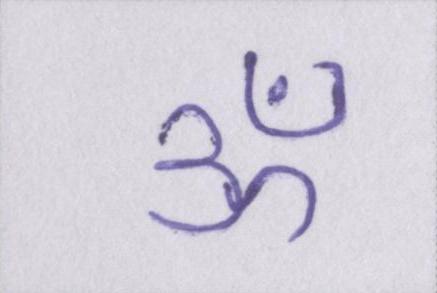
ॐ